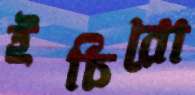
ইচিরো